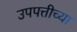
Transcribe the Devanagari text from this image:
उपपत्तीच्या